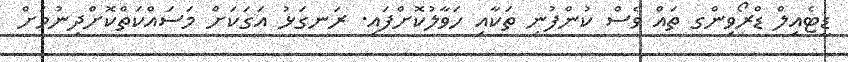
ޑީޓެއިލް ޑްރޯވިންގ ތައް ވެސް ކުންފުނި ތަކާއި ހަވާލުކޮށްފައި. ރަނގަޅު އަގަކަށް މަސައްކަތްކޮށްދިނުމަށް